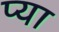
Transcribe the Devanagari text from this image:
प्या